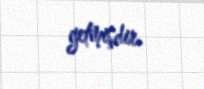
getmişdir.